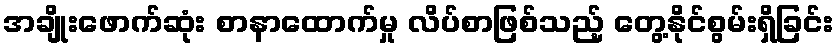
အချိုးဖောက်ဆုံး စာနာထောက်မှု လိပ်စာဖြစ်သည့် တွေ့နိုင်စွမ်းရှိခြင်း